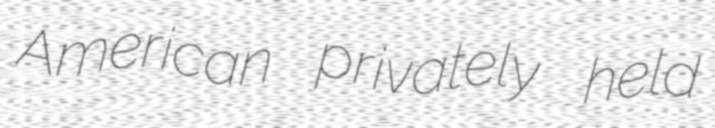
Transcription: American privately held